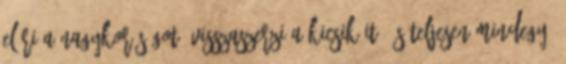
eléri a nagykorúságot, visszaszerzi a kicsikéit, és teljesen mindegy,